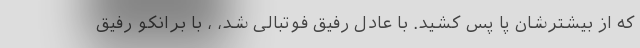
که از بیشترشان پا پس کشید. با عادل رفیق فوتبالی شد، ، با برانکو رفیق